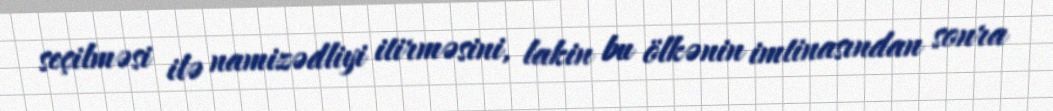
seçilməsi ilə namizədliyi itirməsini, lakin bu ölkənin imtinasından sonra